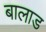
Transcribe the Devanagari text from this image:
बालाड